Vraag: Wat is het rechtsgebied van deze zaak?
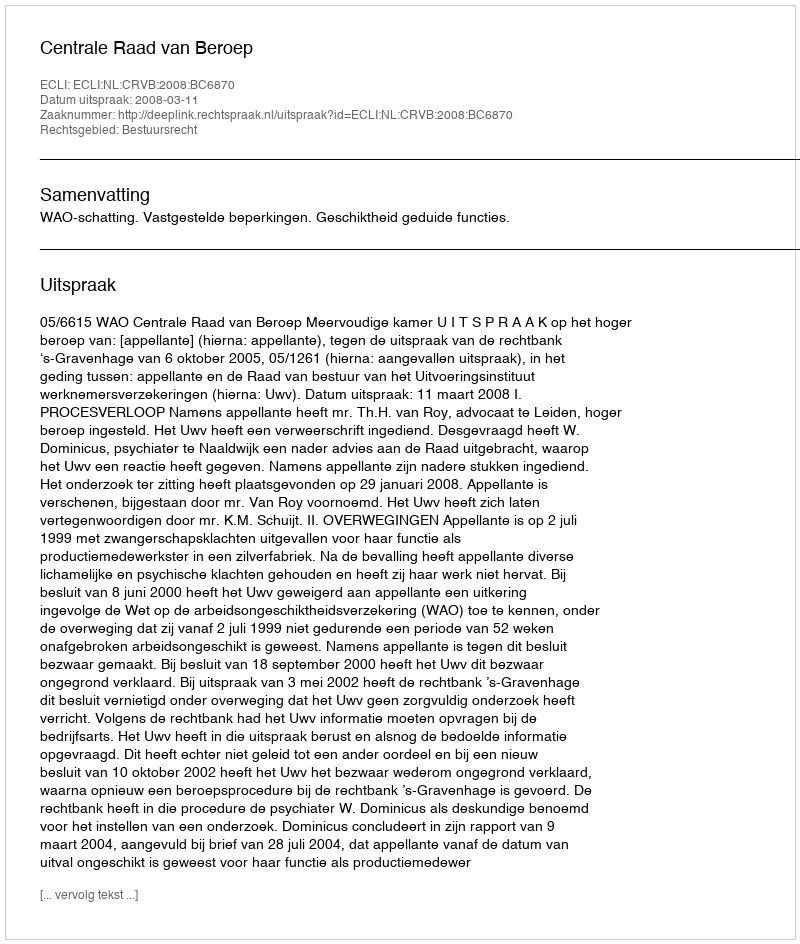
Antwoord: Bestuursrecht